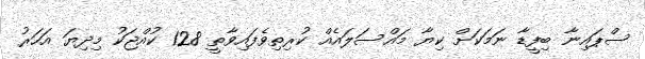
ސްޕައިނާ ބިފީޑާ ނަމަކަށް ކިޔާ މައްސަލައެއް ކުރިތިވެފައިވާތީ 128 ކުއްޖަކު މިދިޔަ އަހަރު